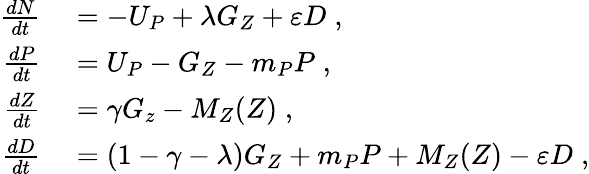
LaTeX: \begin{array}{rl}{\frac{dN}{dt}}&{{}=-U_{P}+\lambda G_{Z}+\varepsilon D\; ,}\\ {\frac{dP}{dt}}&{{}=U_{P}-G_{Z}-m_{P}P\; ,}\\ {\frac{dZ}{dt}}&{{}=\gamma G_{z}-M_{Z}(Z)\; ,}\\ {\frac{dD}{dt}}&{{}=(1-\gamma-\lambda)G_{Z}+m_{P}P+M_{Z}(Z)-\varepsilon D\; ,}\end{array}